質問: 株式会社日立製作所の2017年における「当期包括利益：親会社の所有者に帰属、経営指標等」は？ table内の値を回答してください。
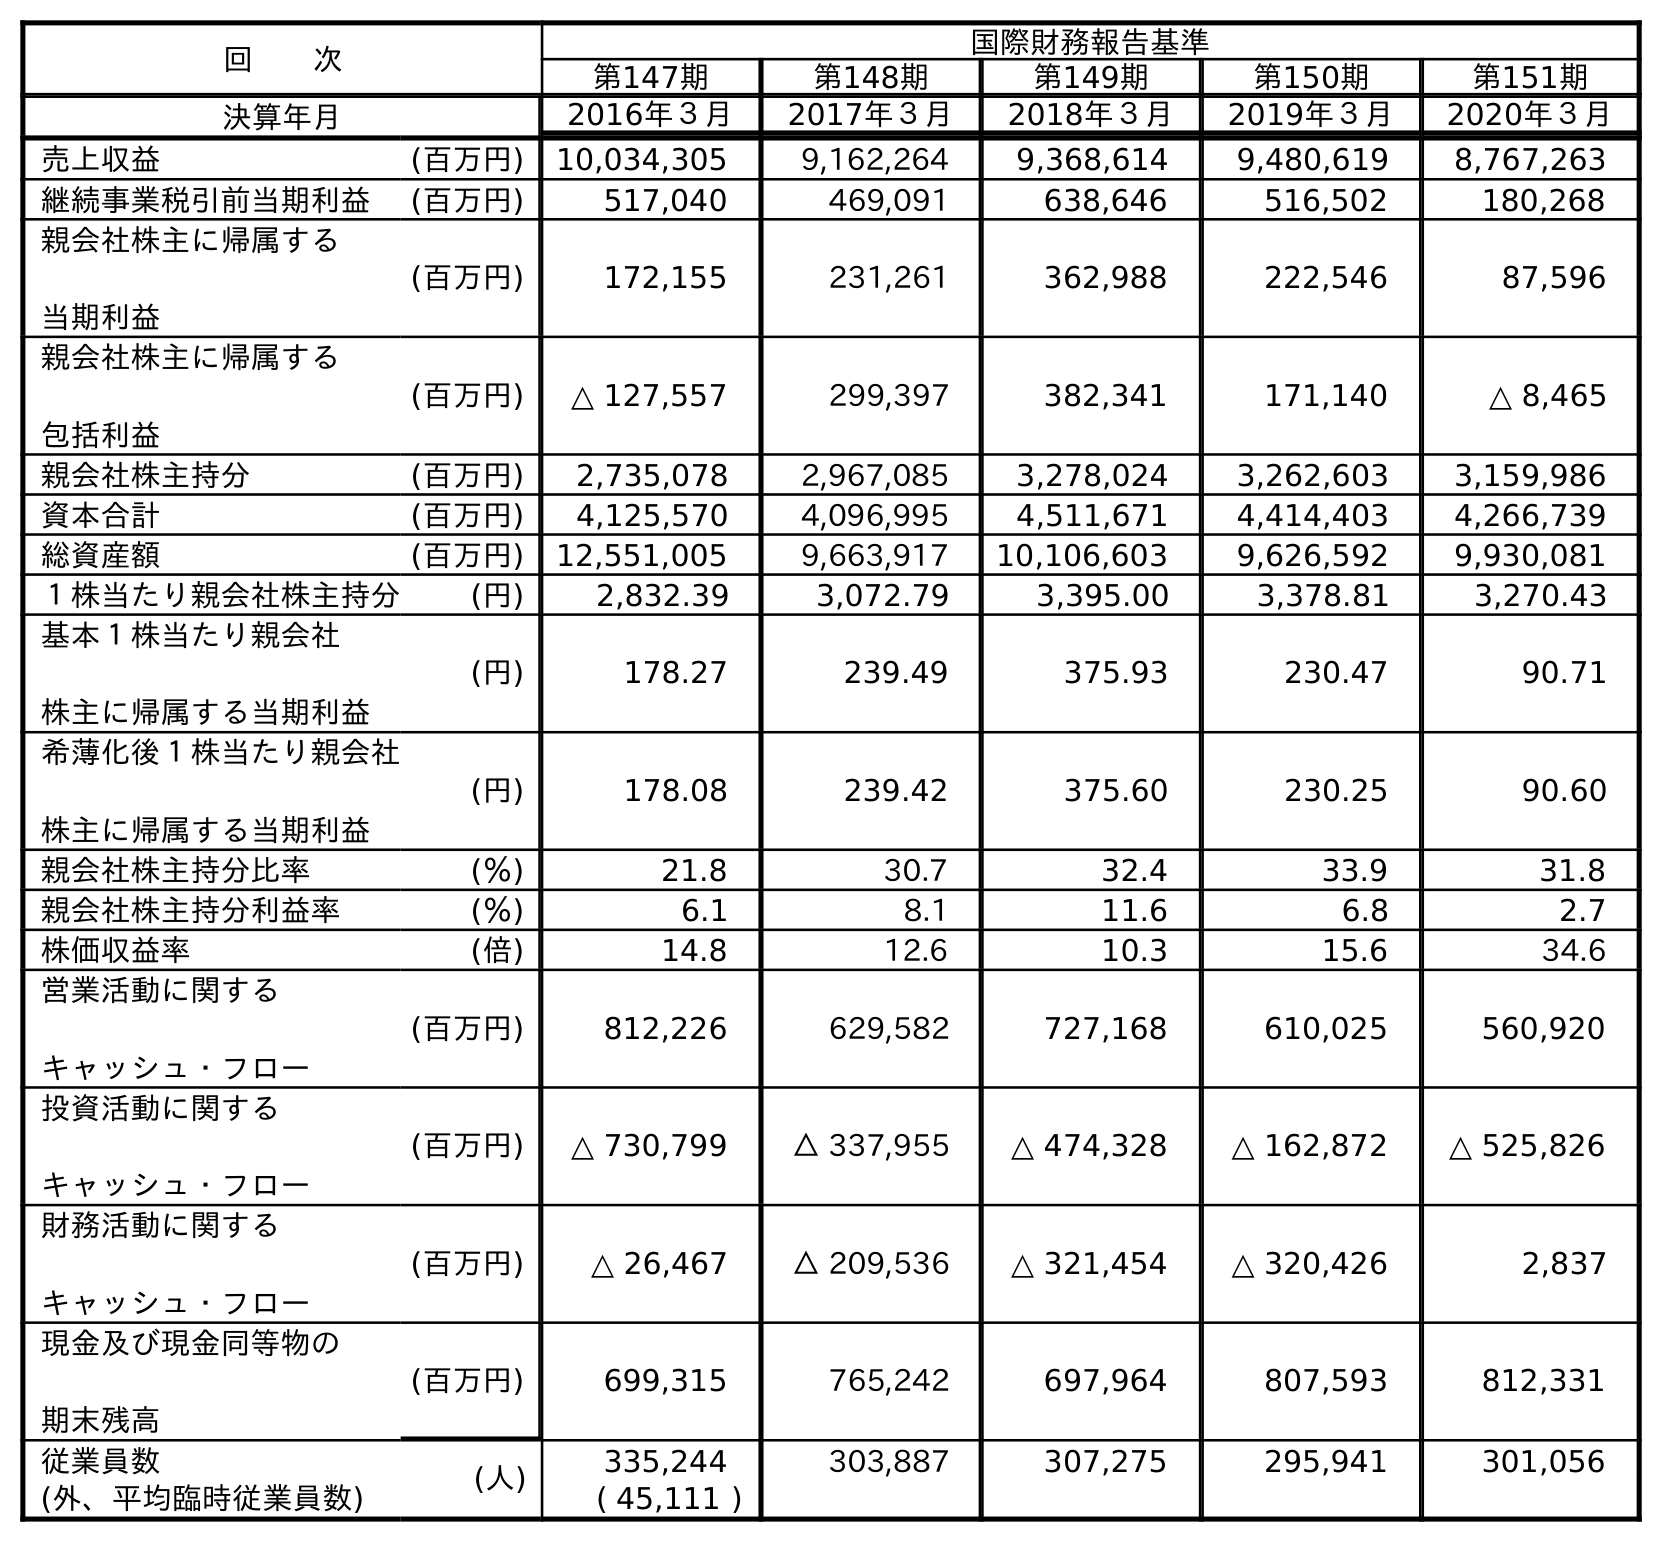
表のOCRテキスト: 回  次 国際財務報告基準 第147期 第148期 第149期 第150期 第151期 決算年月 2016年３月 2017年３月 2018年３月 2019年３月 2020年３月 売上収益 (百万円) 10,034,305 9,162,264 9,368,614 9,480,619 8,767,263 継続事業税引前当期利益 (百万円) 517,040 469,091 638,646 516,502 180,268 親会社株主に帰属する 当期利益 (百万円) 172,155 231,261 362,988 222,546 87,596 親会社株主に帰属する 包括利益 (百万円) △ 127,557 299,397 382,341 171,140 △ 8,465 親会社株主持分 (百万円) 2,735,078 2,967,085 3,278,024 3,262,603 3,159,986 資本合計 (百万円) 4,125,570 4,096,995 4,511,671 4,414,403 4,266,739 総資産額 (百万円) 12,551,005 9,663,917 10,106,603 9,626,592 9,930,081 １株当たり親会社株主持分 (円) 2,832.39 3,072.79 3,395.00 3,378.81 3,270.43 基本１株当たり親会社 株主に帰属する当期利益 (円) 178.27 239.49 375.93 230.47 90.71 希薄化後１株当たり親会社 株主に帰属する当期利益 (円) 178.08 239.42 375.60 230.25 90.60 親会社株主持分比率 (％) 21.8 30.7 32.4 33.9 31.8 親会社株主持分利益率 (％) 6.1 8.1 11.6 6.8 2.7 株価収益率 (倍) 14.8 12.6 10.3 15.6 34.6 営業活動に関する キャッシュ・フロー (百万円) 812,226 629,582 727,168 610,025 560,920 投資活動に関する キャッシュ・フロー (百万円) △ 730,799 △ 337,955 △ 474,328 △ 162,872 △ 525,826 財務活動に関する キャッシュ・フロー (百万円) △ 26,467 △ 209,536 △ 321,454 △ 320,426 2,837 現金及び現金同等物の 期末残高 (百万円) 699,315 765,242 697,964 807,593 812,331 従業員数 (人) 335,244 303,887 307,275 295,941 301,056 (外、平均臨時従業員数) ( 45,111 )
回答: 299,397